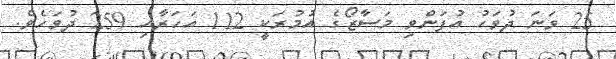
25 ވަނަ ދުވަހު އުފަންވި މަސާޒޯގެ އުމުރަކީ 112 އަހަރާއި 259 ދުވަހެވެ.